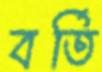
বর্তি